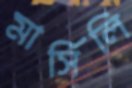
মার্সিলি